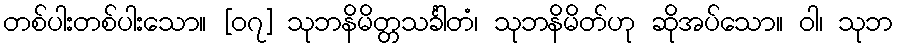
တစ်ပါးတစ်ပါးသော။ [၀၇] သုဘနိမိတ္တသင်္ခါတံ၊ သုဘနိမိတ်ဟု ဆိုအပ်သော။ ဝါ၊ သုဘ